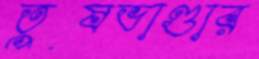
তুষভাণ্ডার